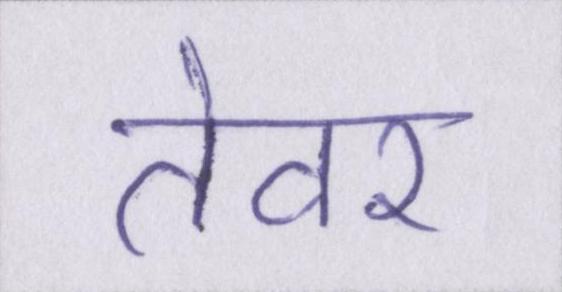
तेवर